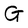
Character: G